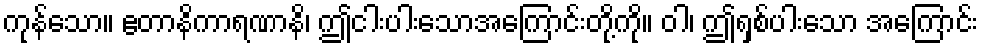
ကုန်သော။ ဧတာနိကာရဏာနိ၊ ဤငါးပါးသောအကြောင်းတို့ကို။ ဝါ၊ ဤရှစ်ပါးသော အကြောင်း